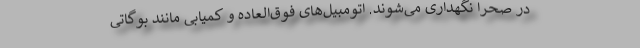
در صحرا نگهداری می‌شوند. اتومبیل‌های فوق‌العاده و کمیابی مانند بوگاتی